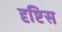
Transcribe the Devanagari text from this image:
दृष्टिस